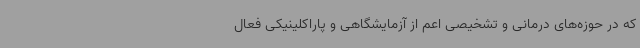
که در حوزه‌های درمانی و تشخیصی اعم از آزمایشگاهی و پاراکلینیکی فعال